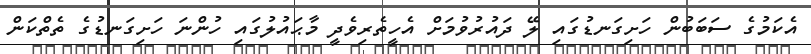
އެކަމުގެ ސަބަބުން ހަށިގަނޑުގައި ލޭ ދައުރުވުމަށް އެހީތެރިވެދީ މާޙައުލުގައި ހުންނަ ހަށިގަނޑުގެ ތެތްކަން